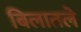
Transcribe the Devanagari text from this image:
बिलातले